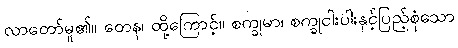
လာတော်မူ၏။ တေန၊ ထို့ကြောင့်။ စက္ခုမာ၊ စက္ခုငါးပါးနှင့်ပြည့်စုံသော